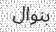
بنوال